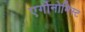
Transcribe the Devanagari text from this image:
एर्गोनोमिस्ट